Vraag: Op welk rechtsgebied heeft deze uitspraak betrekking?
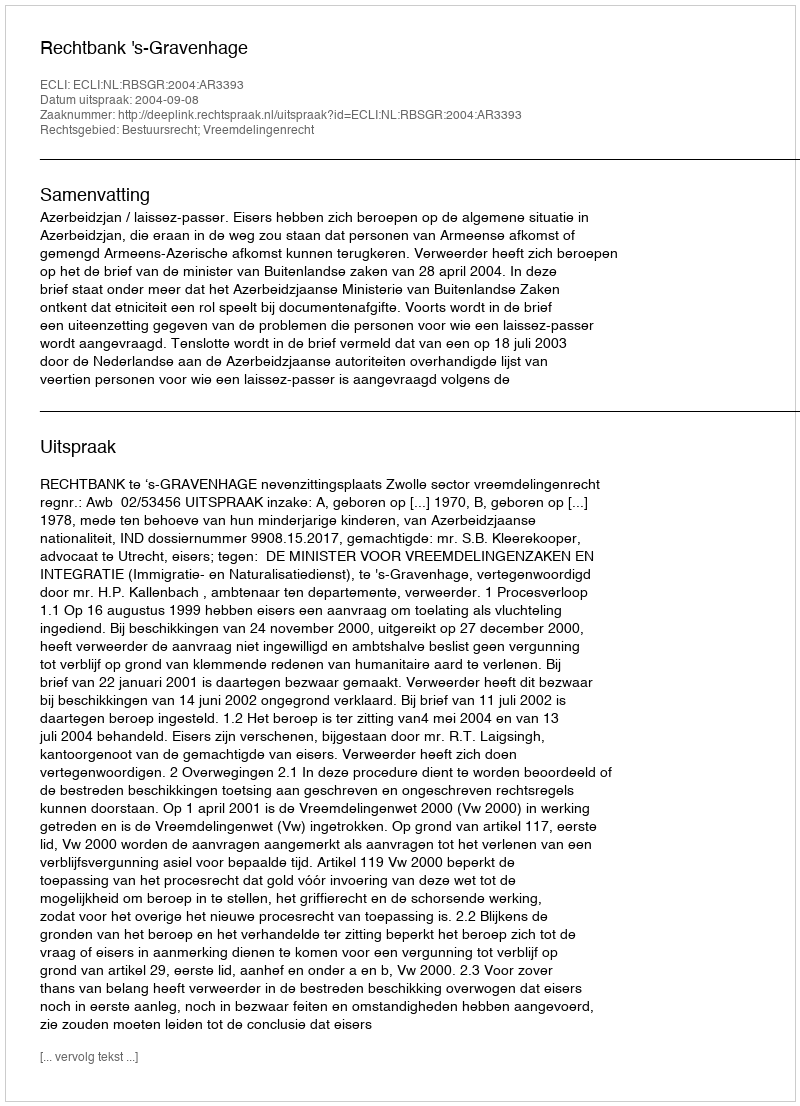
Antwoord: Bestuursrecht; Vreemdelingenrecht